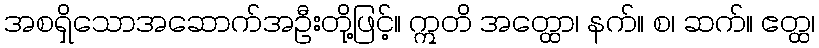
အစရှိသောအဆောက်အဦးတို့ဖြင့်။ ဣတိ အတ္ထော၊ နက်။ စ၊ ဆက်။ ဧတ္ထ၊